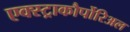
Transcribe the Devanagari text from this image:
एक्स्ट्राकौर्पोरिअल